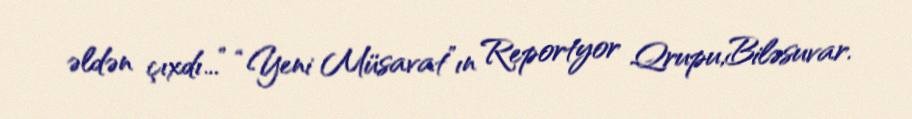
əldən çıxdı...” “Yeni Müsavat”ın Reportyor Qrupu,Biləsuvar.